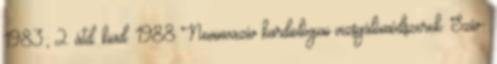
1983; 2. átd. kiad. 1988 Noninvazív kardiológiai vizsgálómódszerek. Szív-